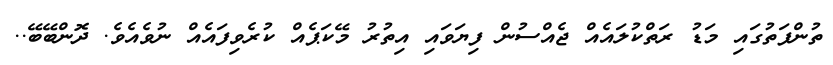
ތުންފަތުގައި މަޑު ރަތްކުލައެއް ޖެއްސުން ފިޔަވައި އިތުރު މޭކަޕެއް ކުރެވިފައެއް ނުވެއެވެ. ދޮންބޭބޭ..